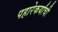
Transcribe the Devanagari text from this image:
पहारेकर्यांची